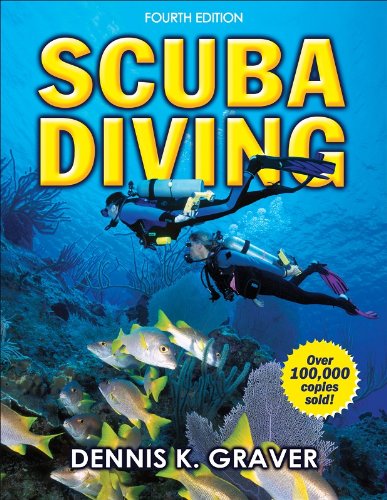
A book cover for Scuba Diving - 4th Edition; Dennis Graver; Sports & Outdoors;